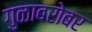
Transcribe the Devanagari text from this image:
गुळाबरोबर